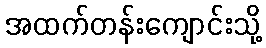
အထက်တန်းကျောင်းသို့